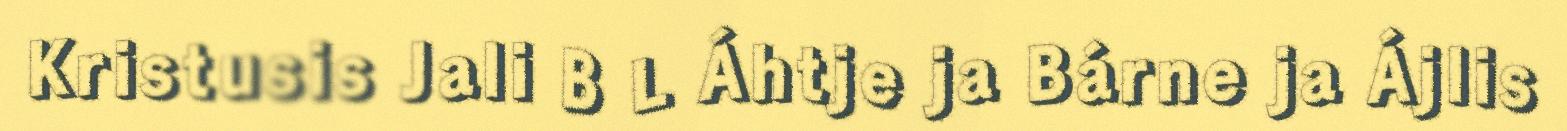
Kristusis Jali B L Áhtje ja Bárne ja Ájlis